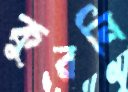
কুরনি